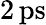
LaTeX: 2\, \mathrm{ps}